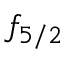
f _ { 5 / 2 }